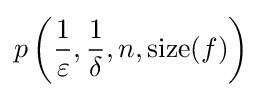
p\left({\frac {1}{\varepsilon }},{\frac {1}{\delta }},n,{\text{size}}(f)\right)